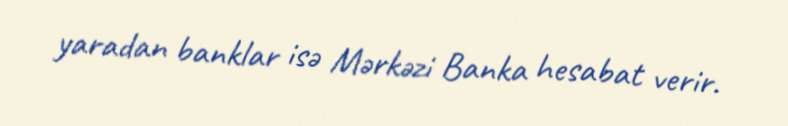
yaradan banklar isə Mərkəzi Banka hesabat verir.